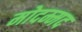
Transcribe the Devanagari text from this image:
मोदम्मद